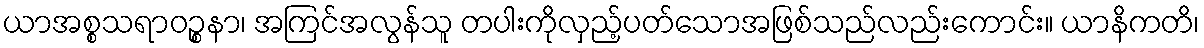
ယာအစ္စသရာဝဉ္စနာ၊ အကြင်အလွန်သူ တပါးကိုလှည့်ပတ်သောအဖြစ်သည်လည်းကောင်း။ ယာနိကတိ၊